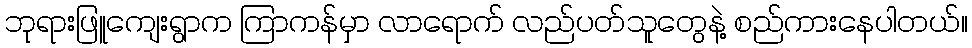
ဘုရားဖြူကျေးရွာက ကြာကန်မှာ လာရောက် လည်ပတ်သူတွေနဲ့ စည်ကားနေပါတယ်။